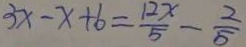
3 x - x + 6 = \frac { 1 2 x } { 5 } - \frac { 2 } { 5 }